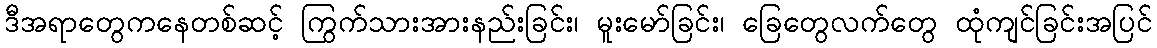
ဒီအရာတွေကနေတစ်ဆင့် ကြွက်သားအားနည်းခြင်း၊ မူးမော်ခြင်း၊ ခြေတွေလက်တွေ ထုံကျင်ခြင်းအပြင်